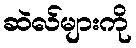
ဆဲလ်များကို